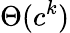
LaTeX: \Theta(c^{k})